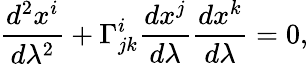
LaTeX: \frac{d^{2}x^{i}}{d\lambda^{2}}+\Gamma_{jk}^{i}\frac{dx^{j}}{d\lambda}\frac{dx^{k}}{d\lambda}=0,